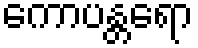
ကောပန္တရော